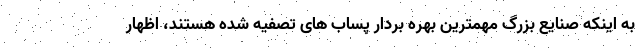
به اینکه صنایع بزرگ مهمترین بهره بردار پساب های تصفیه شده هستند، اظهار